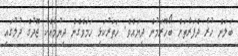
ބަލަން ހުރެ ދެފަރާތަށް ބޯހޫރަމުން ދިޔައެވެ. ހަތަރުކަޅި ހަމަވެގެން ދިޔުމާއެކު ޖޫދުގެ ދުލުގައި